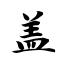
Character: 盖